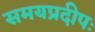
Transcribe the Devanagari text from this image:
समयप्रदीपः